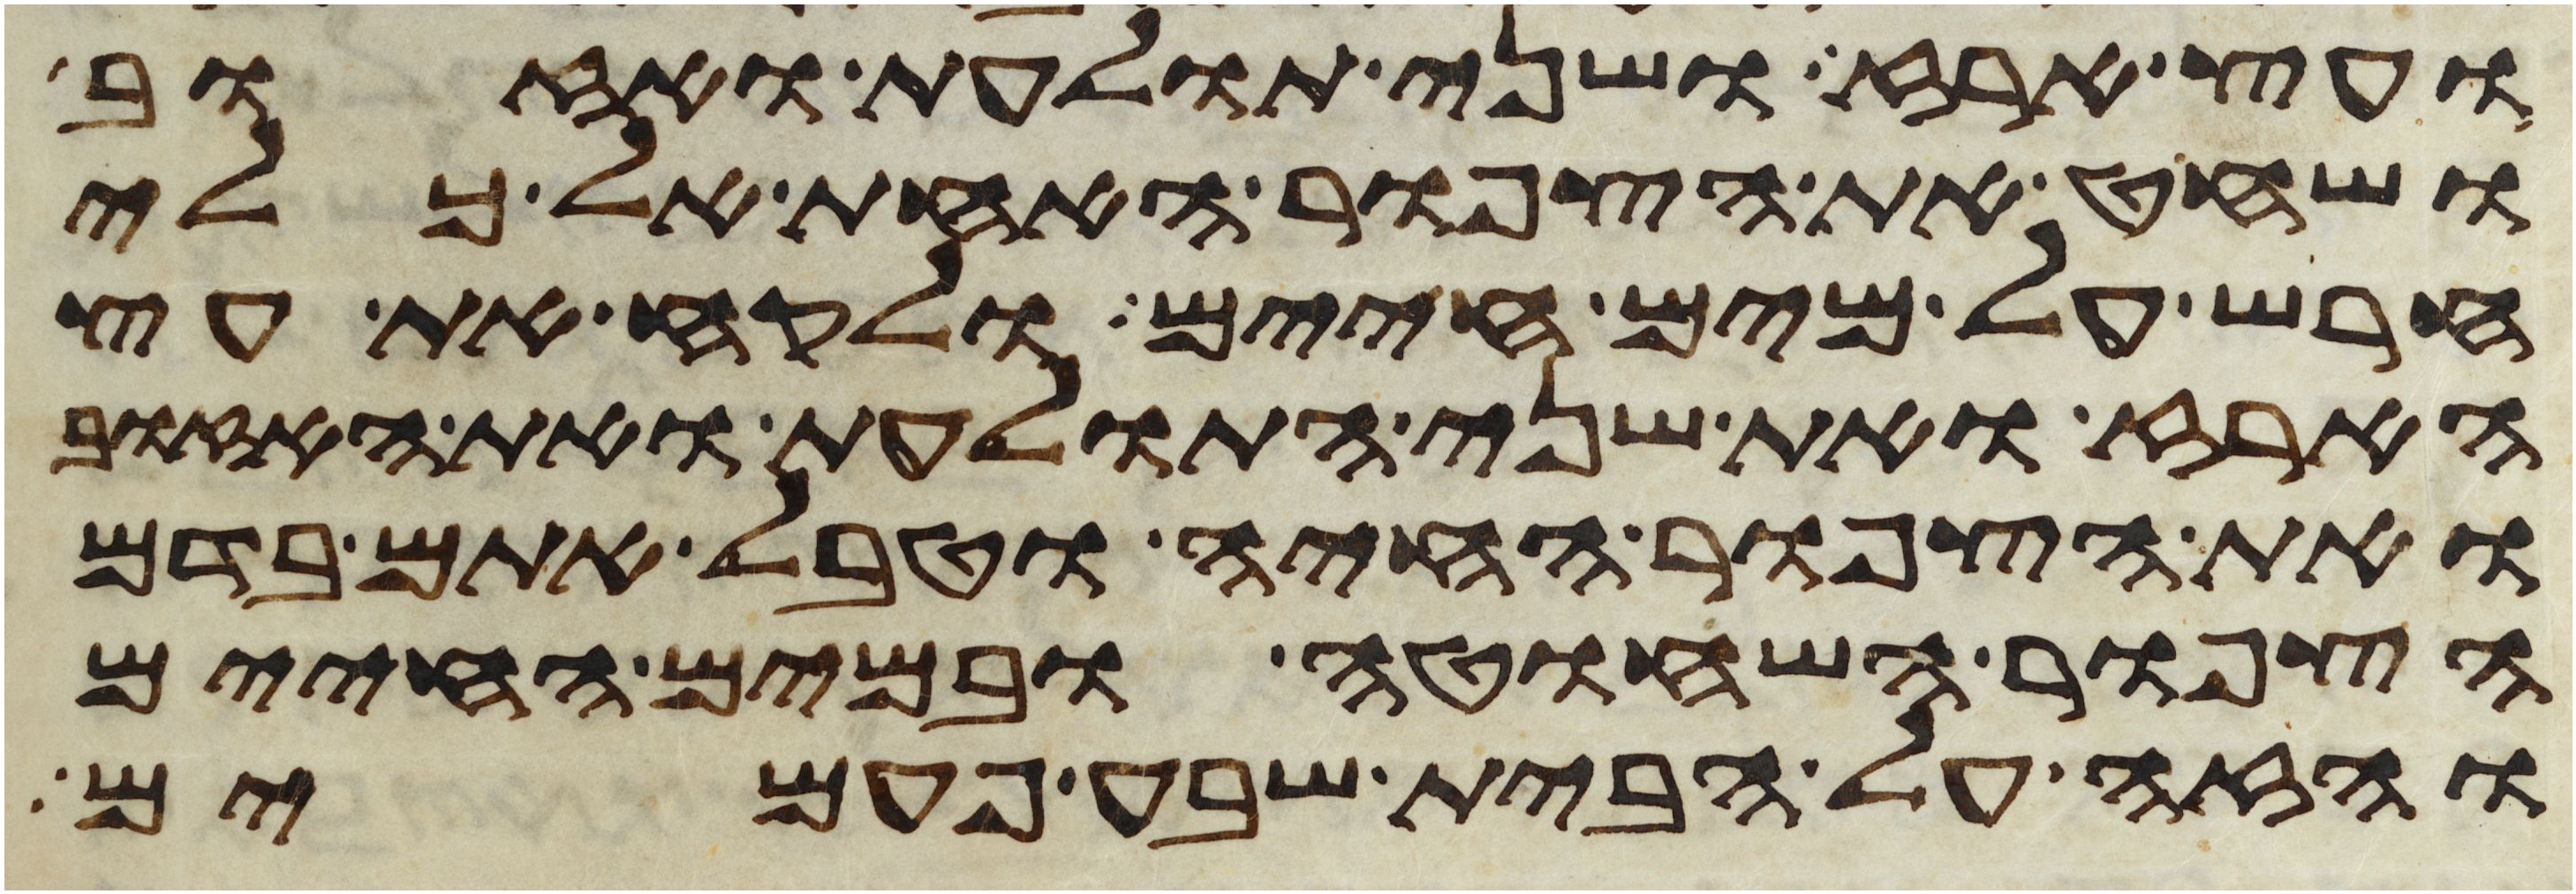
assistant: ועץ ארז ושני תולעת ואזוב
ושחט את הצפור האחת אל כלי
חרש על מים חיים ולקח את עץ
הארז ואת שני התולעת ואת האזוב
ואת הצפור החיה וטבל אתם בדם
הצפור השחוטה ובמים החיים
והזה על הבית שבע פעמים